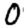
Digit: 0